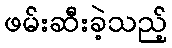
ဖမ်းဆီးခဲ့သည့်